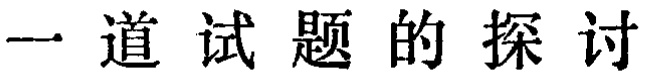
一道试题的探讨